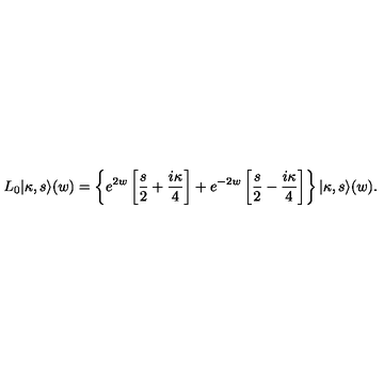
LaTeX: L _ { 0 } | \kappa , s \rangle ( w ) = \left\{ e ^ { 2 w } \left[ \frac { s } { 2 } + \frac { i \kappa } { 4 } \right] + e ^ { - 2 w } \left[ \frac { s } { 2 } - \frac { i \kappa } { 4 } \right] \right\} | \kappa , s \rangle ( w ) .